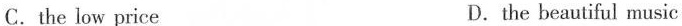
C.the low price D.the beautiful music